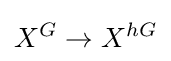
X^{G}\to X^{hG}